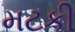
મટકી